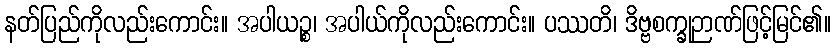
နတ်ပြည်ကိုလည်းကောင်း။ အပါယဉ္စ၊ အပါယ်ကိုလည်းကောင်း။ ပဿတိ၊ ဒိဗ္ဗစက္ခုဉာဏ်ဖြင့်မြင်၏။